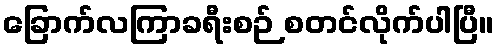
ခြောက်လကြာခရီးစဉ် စတင်လိုက်ပါပြီ။